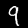
Label: 9